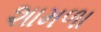
શામળા